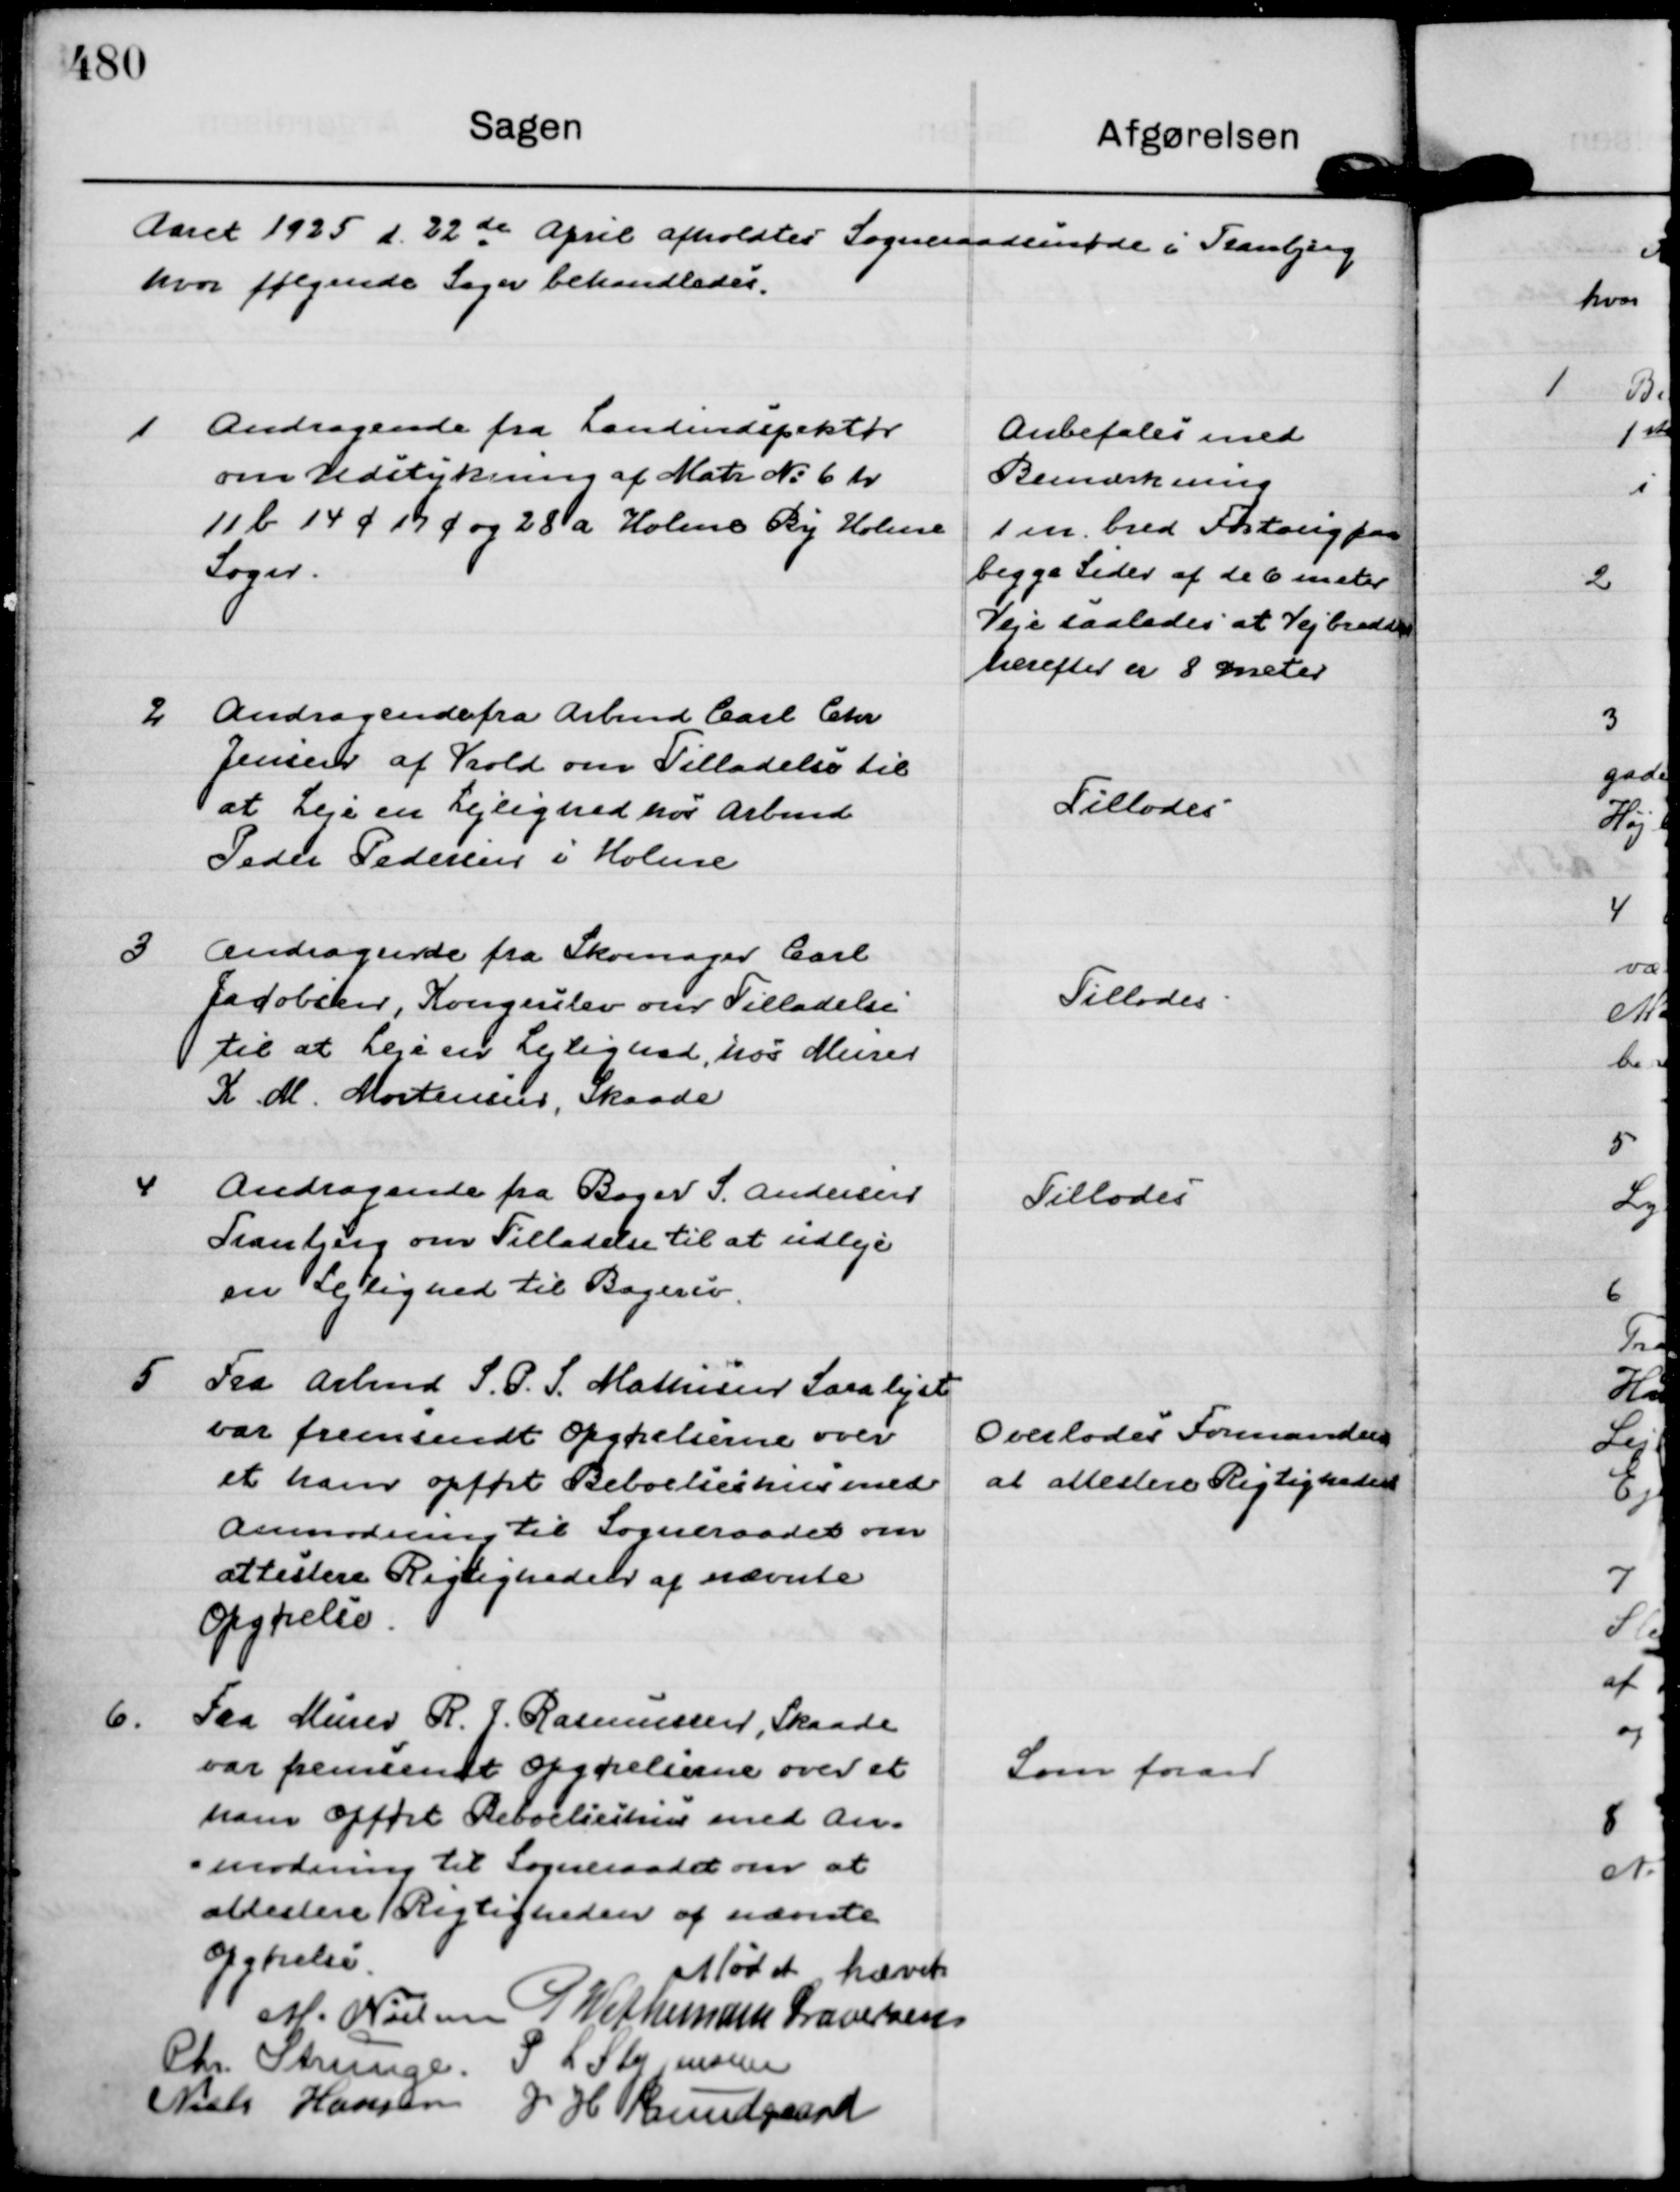
Transskription:
Aaret 1925 d. 22 de April afholdtes Sogneraadsmøde i Tranbjerg
hvor følgende Sager behandledes.

1
Andragende fra Landindspektør
om Udstykning af Matr N: 6 h
11 b 14 c 17 c og 28 a Holme By Holme
Sogn.

Anbefales med
Bemærkning
1 m. bred Fortoug paa
begge Sider af de 6 meter
Veje saaledes at Vejbredden
herefter er 8 meter

2
Andragende fra Arbmd Carl Chr
Jensen af Vrold om Tilladelse til
at Leje en Lejlighed hos Arbmd
Peder Pedersen i Holme

Tillodes

3
Andragende fra Skomager Carl
Jacobsen, Kongerslev om Tilladelse
til at Leje en Lejlighed, hos Murer
K M. Mortensen, Skaade

Tillodes

4
Andragende fra Bager S. Andersen
Tranbjerg om Tilladelse til at udleje
en Lejlighed til Bagersv.

Tillodes

5
Fra Arbmd S. P. S. Mathisen Saralyst 
var fremsendt Opgørelse over
et ham opført Beboelseshus med
Anmodning til Sogneraadet om
attestere Rigtigheden af nævnte
Opgørelse.

Overlodes Formanden
at attestere Rigtigheden

6.
Fra Murer R. J. Rasmussen, Skaade
var fremsendt Opgørelserne over et
ham Opført Beboelseshus med An=
=modning til Sogneraadet om at
attestere Rigtigheden af nævnte
Opgørelse.

Som foran

Mødet hævet
M. Nielsen
P. Wethemann Graversen
Chr. Strunge.
P L Steffensen
Niels Hansen
J H Bundgaard